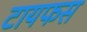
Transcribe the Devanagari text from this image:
टायफस